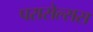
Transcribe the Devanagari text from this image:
परासेल्सस